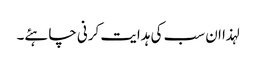
لہذا ان سب کی ہدایت کرنی چاہئے۔